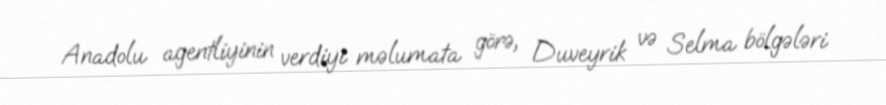
Anadolu agentliyinin verdiyi məlumata görə, Duveyrik və Selma bölgələri